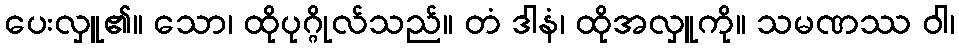
ပေးလှူ၏။ သော၊ ထိုပုဂ္ဂိုလ်သည်။ တံ ဒါနံ၊ ထိုအလှူကို။ သမဏဿ ဝါ၊